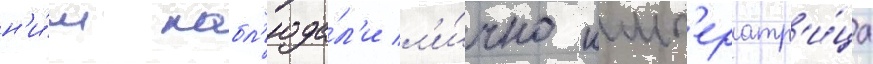
н'и́м набл'юда́л'и л'и́чно имп'ератр'и́ца